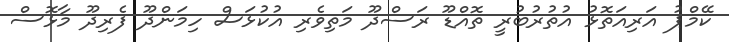
ކޭމްޕު އަރިއަތޮޅު އުތުރުބުރީ ތޮއްޑޫ ރަސްދޫ މަތިވެރި އުކުޅަސް ހިމަންދޫ ފެރިދޫ މާޅޮސް